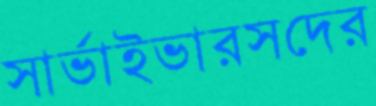
সার্ভাইভারসদের